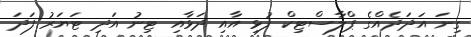
ގިނަ އަދަދެއްގެ ޕްލާސްޓިކް ފުޅި އާއި ދަޅާއި ޓިނު އަދި ޓަޔަރު ފަދަ